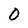
Character: 0